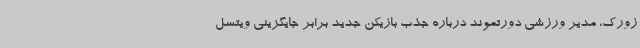
زورک، مدیر ورزشی دورتموند درباره جذب بازیکن جدید برابر جایگزینی ویتسل